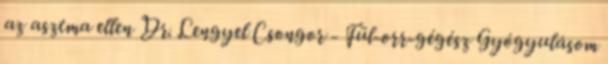
az asztma ellen Dr. Lengyel Csongor - Fül-orr-gégész Gyógyulásom